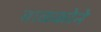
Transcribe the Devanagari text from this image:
बाळकोने